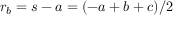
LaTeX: \displaystyle r _ { b } = s - a = ( - a + b + c ) / 2